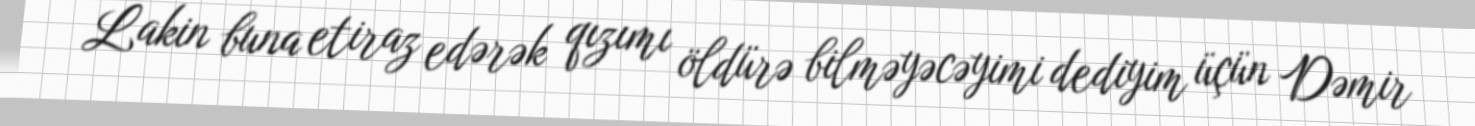
Lakin buna etiraz edərək qızımı öldürə bilməyəcəyimi dediyim üçün Dəmir